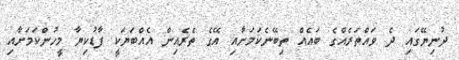
ދުނިޔޭގައި ދެ ވައްތަރެއްގެ ބައެއް ތިބޭނެކަމަށާއި އޭގެ ތެރެއިން އެއްބަޔަކީ ފާޑުކިޔާ މީހުންކަމަށާއި